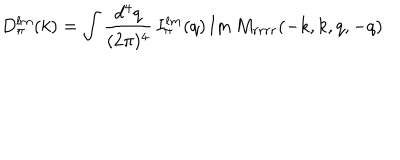
LaTeX: D _ { \pi } ^ { l m } ( k ) = \int { \frac { d ^ { 4 } q } { ( 2 \pi ) ^ { 4 } } } \, I _ { \pi } ^ { l m } ( q ) \, \mathrm { I m \, } M _ { r r r r } ( - k , k , q , - q )